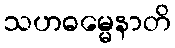
သဟဓမ္မေနာတိ